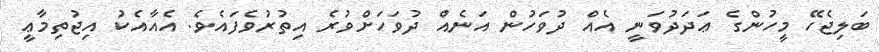
ބަލިޖެހޭ މީހުންގެ ޢަދަދުވަނީ އެއް ދުވަހުން އަނެއް ދުވަހަށްވުރެ އިތުރުވެފައެވެ. އެއާއެކު އިޖުތިމާޢީ